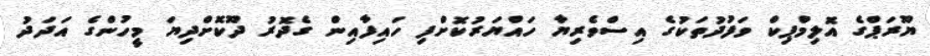
ޔޫރަޕްގެ އޮލިމްޕިކް ވަފުދުތަކުގެ އިސްވެރިޔާ ހައްޔަރުކޮށްފި ހައިފާއިން ގެދޮރު ދޫކޮށްދިޔަ މީހުންގެ އަދަދު